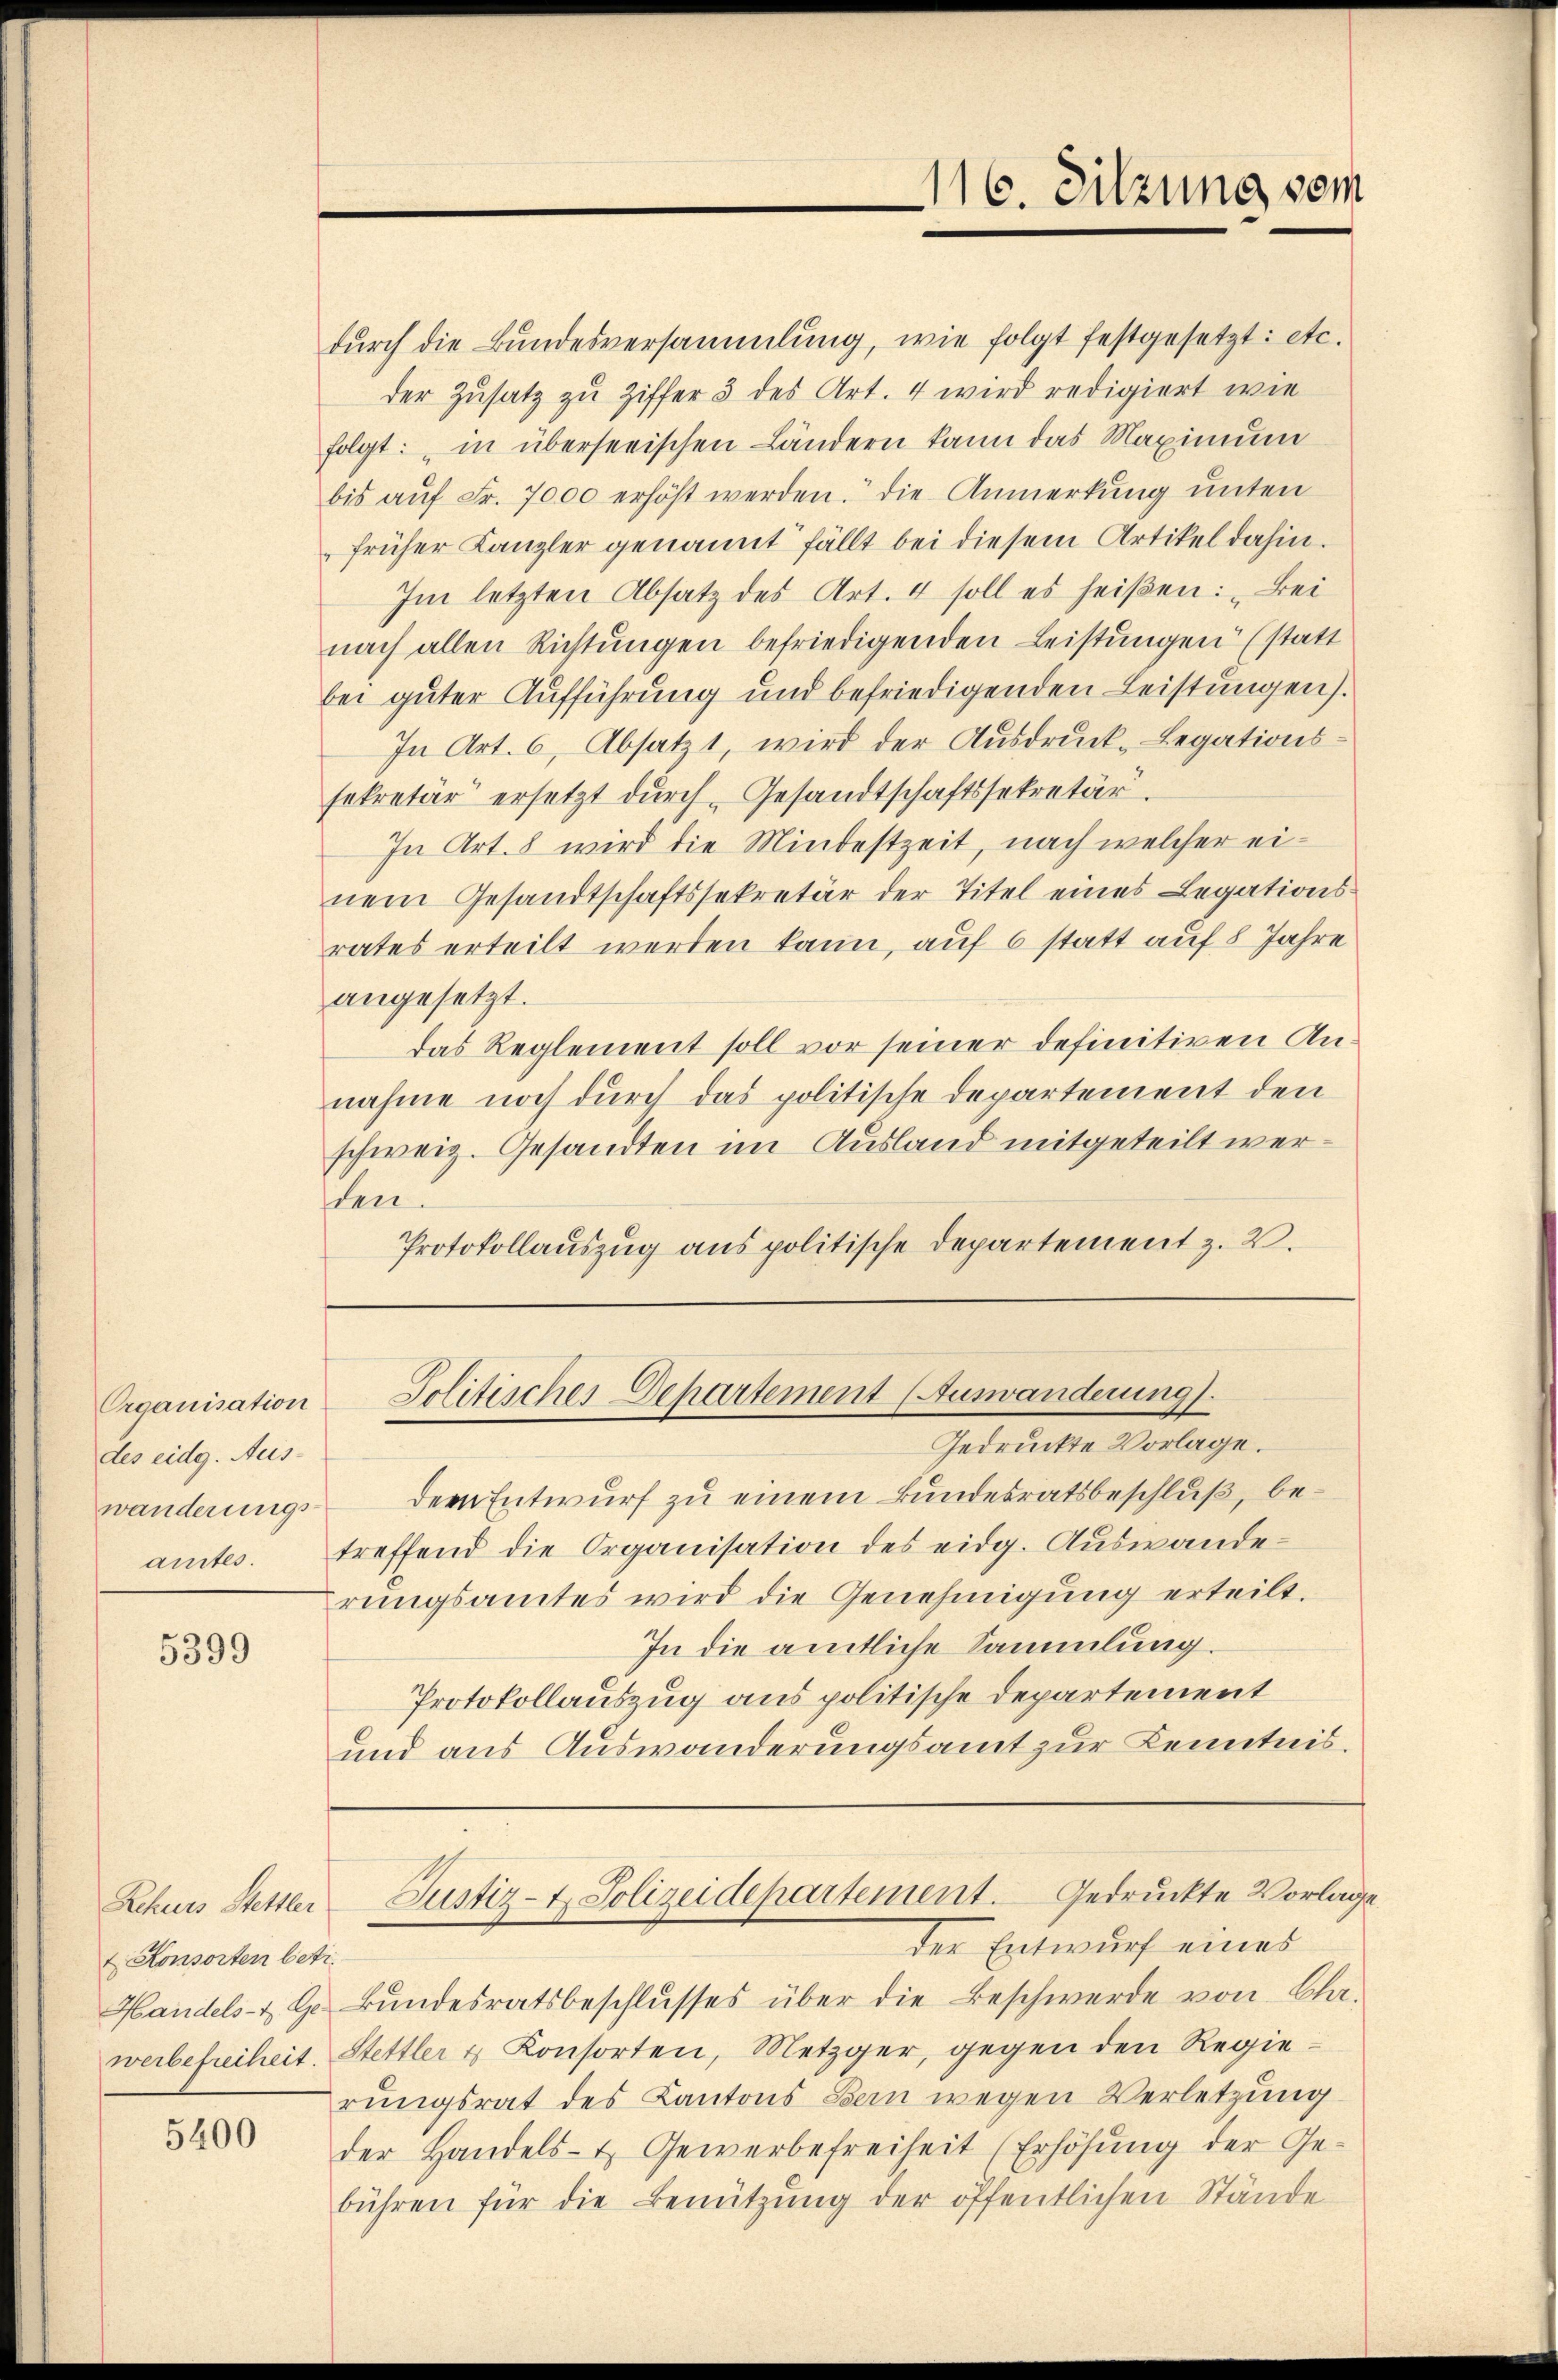
Organisation
des eidg. Aus-
wanderungsamtes.

5399

Rekurs Stettler
t Konsorten betr.
Handels- & Ge-

5400

dŭrch die Bundesversammlung, wie folgt festgesetzt: etc.
der Zusatz zu Ziffer 3 des Art. 4 wird redigiert wie
folgt: "in überseeischen Ländern kann das Maximum
bis aŭf Fr. 7000 erhöht werden. Die Anmerkung unten
früher Kanzler genannt fällt bei diesem Artikel dahin.
Im letzten Absatz des Art. 4 soll es heißen: „Bei
nach allen Richtŭngen befriedigenden Leistŭngen (statt
bei guter Aufführung und befriedigenden Leistŭngen).
In Art. 6, Absatzt, wird der Ausdruck-Legationssekretär ersetzt durch Gesandtschaftssekretär.
In Art. 8 wird die Mindestzeit, nach welcher einem Gesandtschaftssekretär der Titel eines Legationsrates erteilt werden kann, auf 6 statt auf 8 Jahre
angesetzt.
das Reglement soll vor seiner definitiven Annahme noch durch das politische Departement den
schweiz. Gesandten im Ausland mitgeteilt werden.
Protokollauszug aus politische Departement z. B.

116. Sitzung vom

Politischer Departement (Auswanderung.
Gedruckte Vorlage.

dem Entwurf zu einem Bundesratsbeschluß, betreffend die Organisation des eidg. Auswande
rungsamtes wird die Genehmigung erteilt.
In die amtliche Sammlung.
Protokollauszug aus politische Departement
und aus Auswanderungsamt zur Kenntnis.

Justiz-t. Polizeidepartement. Gedruckte Vorlage
der Entwurf eines

Bundesratsbeschlusses über die Beschwerde von Charwerbefreiheit. Stettler & Konsorten, Metzger, gegen den Regierungsrat des Kantons Bern wegen Verletzung
der Handels- & Gewerbefreiheit (Erhöhŭng der Ge-
bühren für die Benützŭng der öffentlichen Stände